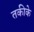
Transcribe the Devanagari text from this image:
तकीके